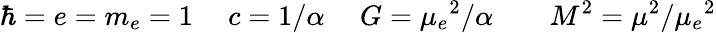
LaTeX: \hbar=e=m_{e}=1~~~~~c=1/\alpha~~~~~G=\mu_{e}{}^{2}/\alpha~~~~~~~~M^{2}=\mu^{2}/\mu_{e}{}^{2}